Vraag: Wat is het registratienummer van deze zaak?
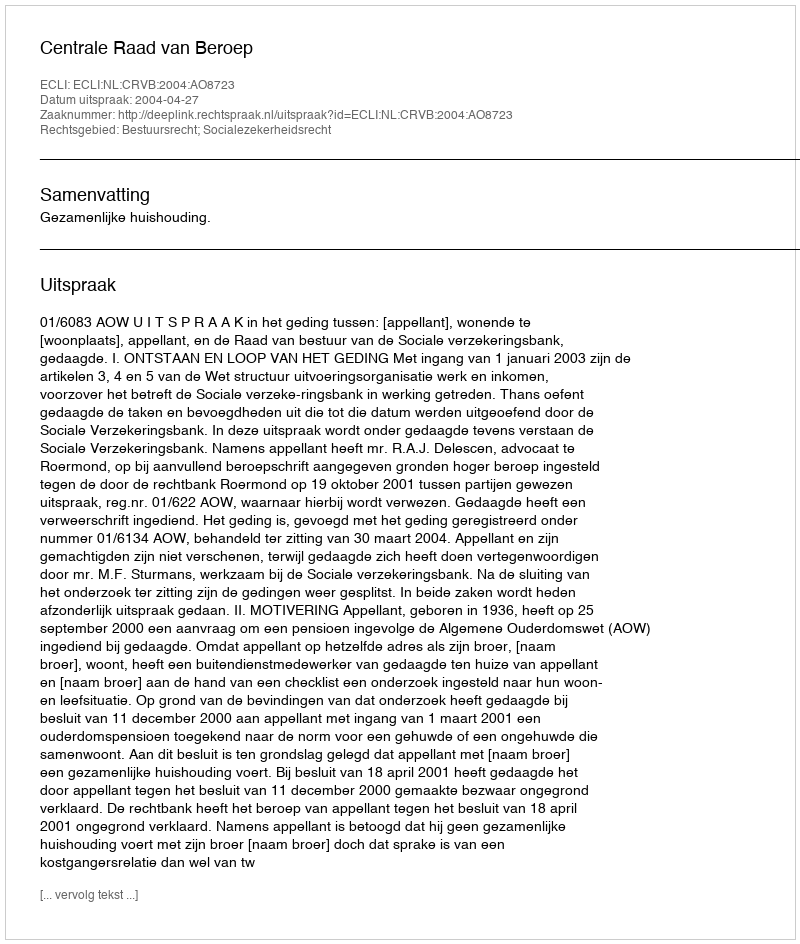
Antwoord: http://deeplink.rechtspraak.nl/uitspraak?id=ECLI:NL:CRVB:2004:AO8723